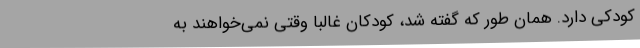
کودکی دارد. همان طور که گفته شد، کودکان غالباً وقتی نمی‌خواهند به